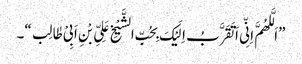
”اَلَّلھُمَّ اِنِّی اَ تَقَرَّبُ اِلَیْکَ بِحُبِّ الشَّیْخِ عَلِیِّ بْنِ اَبِیْ طٰالِب“۔